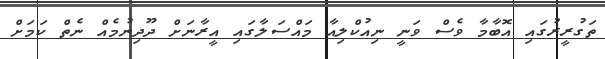
ތަގުރީރުގައި އޮބާމާ ވެސް ވަނީ ނިއުކްލިއާ މައްސަލާގައި އީރާނަށް ދޫދިނުމެއް ނެތް ކަމަށް